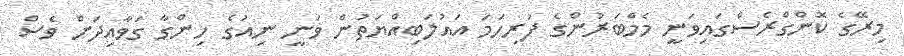
މިރޭގެ ކޮންގްރެސްގައިވަނީ މެމްބަރުންގެ ފުރިހަމަ އައުލަބިއްޔަތުން ވަނީ ނިއުގެ ހިންގާ ގަވާއިދަށް ވެސް